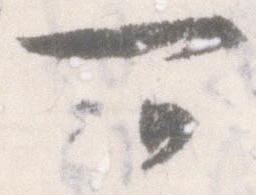
可